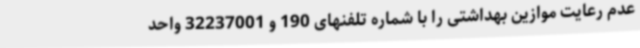
عدم رعایت موازین بهداشتی را با شماره تلفنهای 190 و 32237001 واحد